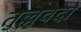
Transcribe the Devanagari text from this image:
तुल्लुवदो